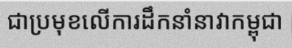
ជាប្រមុខលើការដឹកនាំនាវាកម្ពុជា